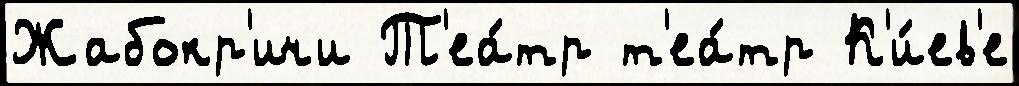
Жабокр'ичи Т'еа́тр т'еа́тр К'и́ев'е